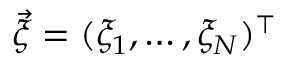
\vec { \xi } = ( \xi _ { 1 } , \ldots , \xi _ { N } ) ^ { \top }